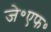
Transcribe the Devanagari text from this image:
जे॰एफ॰